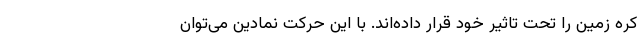
کره زمین را تحت تاثیر خود قرار داده‌اند. با این حرکت نمادین می‌توان